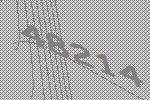
48214